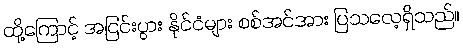
ထို့ကြောင့် အငြင်းပွား နိုင်ငံများ စစ်အင်အား ပြသလေ့ရှိသည်။